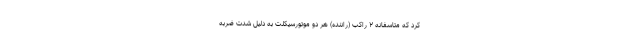
کرد که متاسفانه ۲ راکب (راننده) هر دو موتورسیکلت به دلیل شدت ضربه